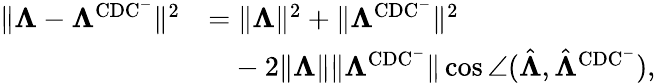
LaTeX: \begin{array}{rl}{\lVert\boldsymbol{\Lambda}-\boldsymbol{\Lambda}^{\mathrm{CDC^{-}}}\rVert^{2}}&{=\lVert\boldsymbol{\Lambda}\rVert^{2}+\lVert\boldsymbol{\Lambda}^{\mathrm{CDC^{-}}}\rVert^{2}}\\ &{\phantom{=}-2\lVert\boldsymbol{\Lambda}\rVert\lVert\boldsymbol{\Lambda}^{\mathrm{CDC^{-}}}\rVert\cos\angle(\hat{\boldsymbol{\Lambda}},\hat{\boldsymbol{\Lambda}}^{\mathrm{CDC^{-}}}),}\end{array}